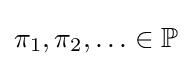
\pi _{1},\pi _{2},\ldots \in \mathbb {P}